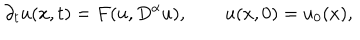
{ \partial _ { t } } u ( x , t ) = F ( u , { D ^ { \alpha } } u ) , \qquad u ( x , 0 ) = { u _ { 0 } } ( x ) ,